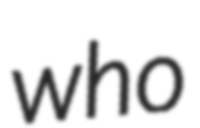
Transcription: who